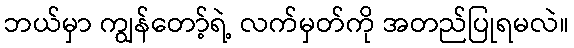
ဘယ်မှာ ကျွန်တော့်ရဲ့ လက်မှတ်ကို အတည်ပြုရမလဲ။